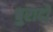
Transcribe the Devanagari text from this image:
बुरादों